Leaving Certificate Examination, 1902
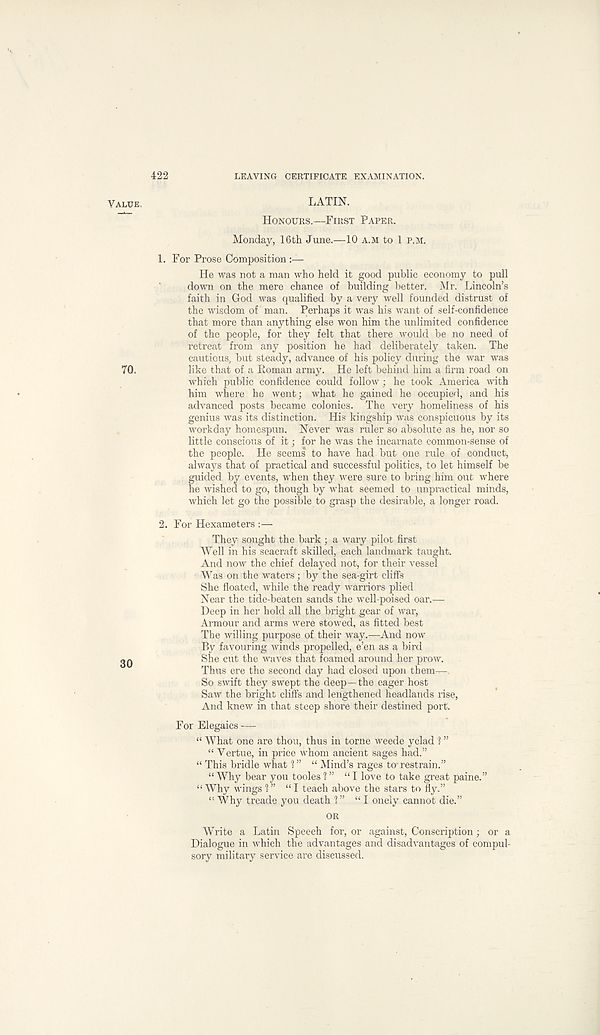
422
LEAVING CERTIFICATE EXAMINATION.
VALUE,
LATIN.
HONOURS.—FIRST PAPER.
Monday, 16th June.—10 A.M to 1 P.M.
1. For Prose Composition
He was not a man who held it good public economy to pull
down on the mere chance of building better. Mr. Lincoln’s
faith in God was qualified by a very well founded distrust of
the wisdom of man. Perhaps it was his want of self-confidence
that more than anything else won him the unlimited confidence
of the people, for they felt that there would be no need of
retreat from any position he had deliberately taken. The
cautious, but steady, advance of his policy during the war was
TO.
like that of a Roman army. He left behind him a firm road on
which public confidence could follow; he took America with
him where he went; what he gained he occupied, and his
advanced posts became colonies. The very homeliness of his
genius was its distinction. His kingship was conspicuous by its
workday homespun. Never was ruler so absolute as he, nor so
little conscious of it; for he was the incarnate common-sense of
the people. He seems to have had but one rule of conduct,
always that of practical and successful politics, to let himself be
guided by events, when they were sure to bring him out where
he wished to go, though by what seemed to unpractical minds,
which let go the possible to grasp the desirable, a longer road.
2. For Hexameters :—
They sought the bark ; a wary pilot first
Well in his seacraft skilled, each landmark taught.
And now the chief delayed not, for their vessel
Was on the waters; by the sea-girt cliffs
She floated, while the ready warriors plied
Near the tide-beaten sands the well-poised oar.—
Deep in her hold all the bright gear of war,
Armour and arms were stowed, as fitted best
The willing purpose of their way.—-And now
By favouring winds propelled, e’en as a bird
20
She cut the waves that foamed around her prow.
Thus ere the second day had closed upon them—
So swift they swept the deep—the eager host
Saw the bright cliffs and lengthened headlands rise,
And knew in that steep shore their destined port.
For Elegaics —
“ What one are thou, thus in torne weede yclad 1 ”
“ Vertue, in price whom ancient sages had.”
“ This bridle what 1 ” “ Mind’s rages to - restrain.”
“Why bear you tooles?” “I love to take great paine.”
“ Why wings 1” “I teach above the stars to fly.”
“ Why treade you death 1 ” “I onely cannot die.”
OR
Write a Latin Speech for, or against, Conscription; or a
Dialogue in which the advantages and disadvantages of compul-
sory military service are discussed.